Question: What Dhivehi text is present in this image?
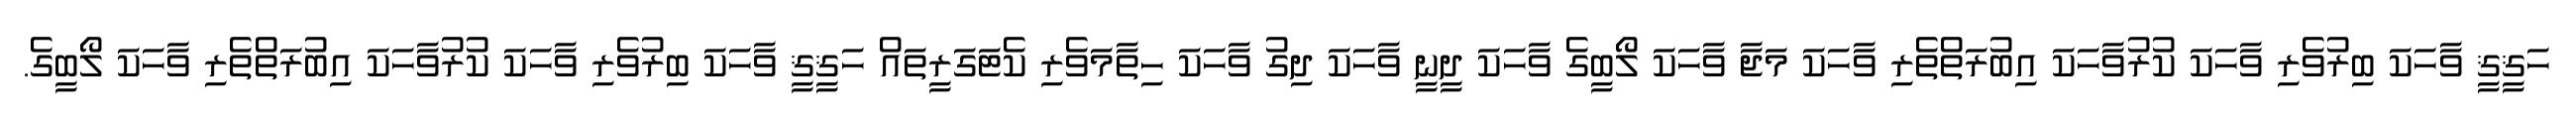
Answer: ހަޤީޤީ ވާހަކަ ބިރުވެރި ވާހަކަ ކުރުވާހަކަ އިބުރަތްތެރި ވާހަކަ މަޖާ ވާހަކަ ލޯބީގެ ވާހަކަ ދީނީ ވާހަކަ ދިގު ވާހަކަ ހިތާމަވެރި ކެޓަގަރީތައް ހަޤީޤީ ވާހަކަ ބިރުވެރި ވާހަކަ ކުރުވާހަކަ އިބުރަތްތެރި ވާހަކަ ލޯބީގެ.